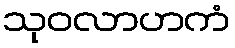
သုဝလာဟကံ